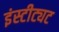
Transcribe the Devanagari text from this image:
इंस्टीट्यट